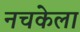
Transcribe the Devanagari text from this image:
नचकेला